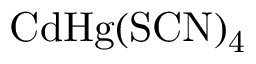
\mathrm { C d H g ( S C N ) _ { 4 } }